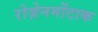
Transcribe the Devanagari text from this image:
रोज़ेनमोंटाक